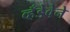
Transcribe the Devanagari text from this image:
व्हँडेवेने